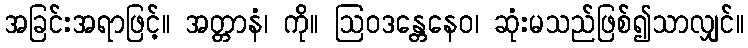
အခြင်းအရာဖြင့်။ အတ္တာနံ၊ ကို။ ဩဝဒန္တေနေဝ၊ ဆုံးမသည်ဖြစ်၍သာလျှင်။